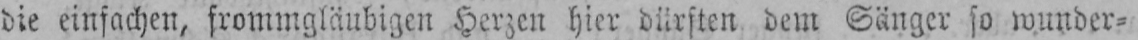
die einfachen, frommgläubigen Herzen hier dürften dem Sänger so wunder⸗